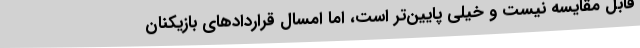
قابل مقایسه نیست و خیلی پایین‌تر است، اما امسال قراردادهای بازیکنان